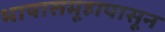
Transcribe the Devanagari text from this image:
भाषासमूहापासून